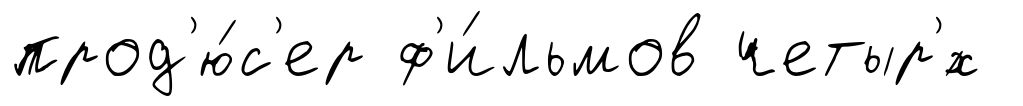
прод'ю́с'ер ф'и́льмов четыр'́х